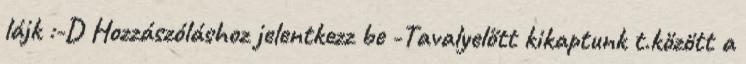
lájk :-D Hozzászóláshoz jelentkezz be -Tavalyelőtt kikaptunk t.között a